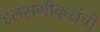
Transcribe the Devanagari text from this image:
हलसगीकरांची